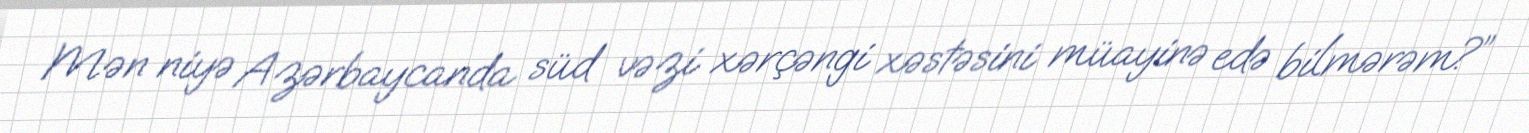
Mən niyə Azərbaycanda süd vəzi xərçəngi xəstəsini müayinə edə bilmərəm?”